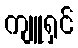
ကျူရှင်